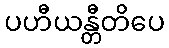
ပဟီယန္တီတိပေ